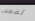
تفعيل